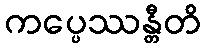
ကပ္ပေဿန္တီတိ